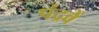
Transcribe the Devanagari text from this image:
पंद्रवें